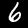
Label: 6